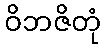
ဝိဘဇိတုံ